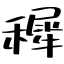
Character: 穉